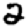
Digit: 2